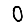
Digit: 0